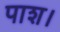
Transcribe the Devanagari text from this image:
पाश।